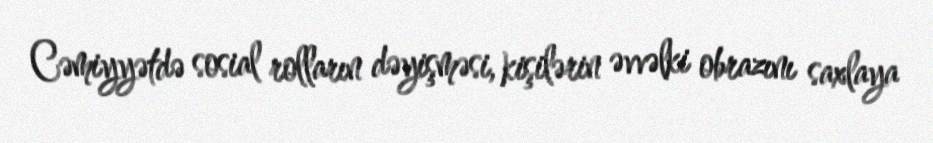
Cəmiyyətdə sosial rolların dəyişməsi, kişilərin əvvəlki obrazını saxlaya